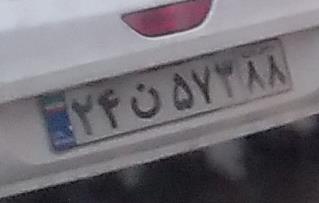
۲۴ن۵۷۳۸۸